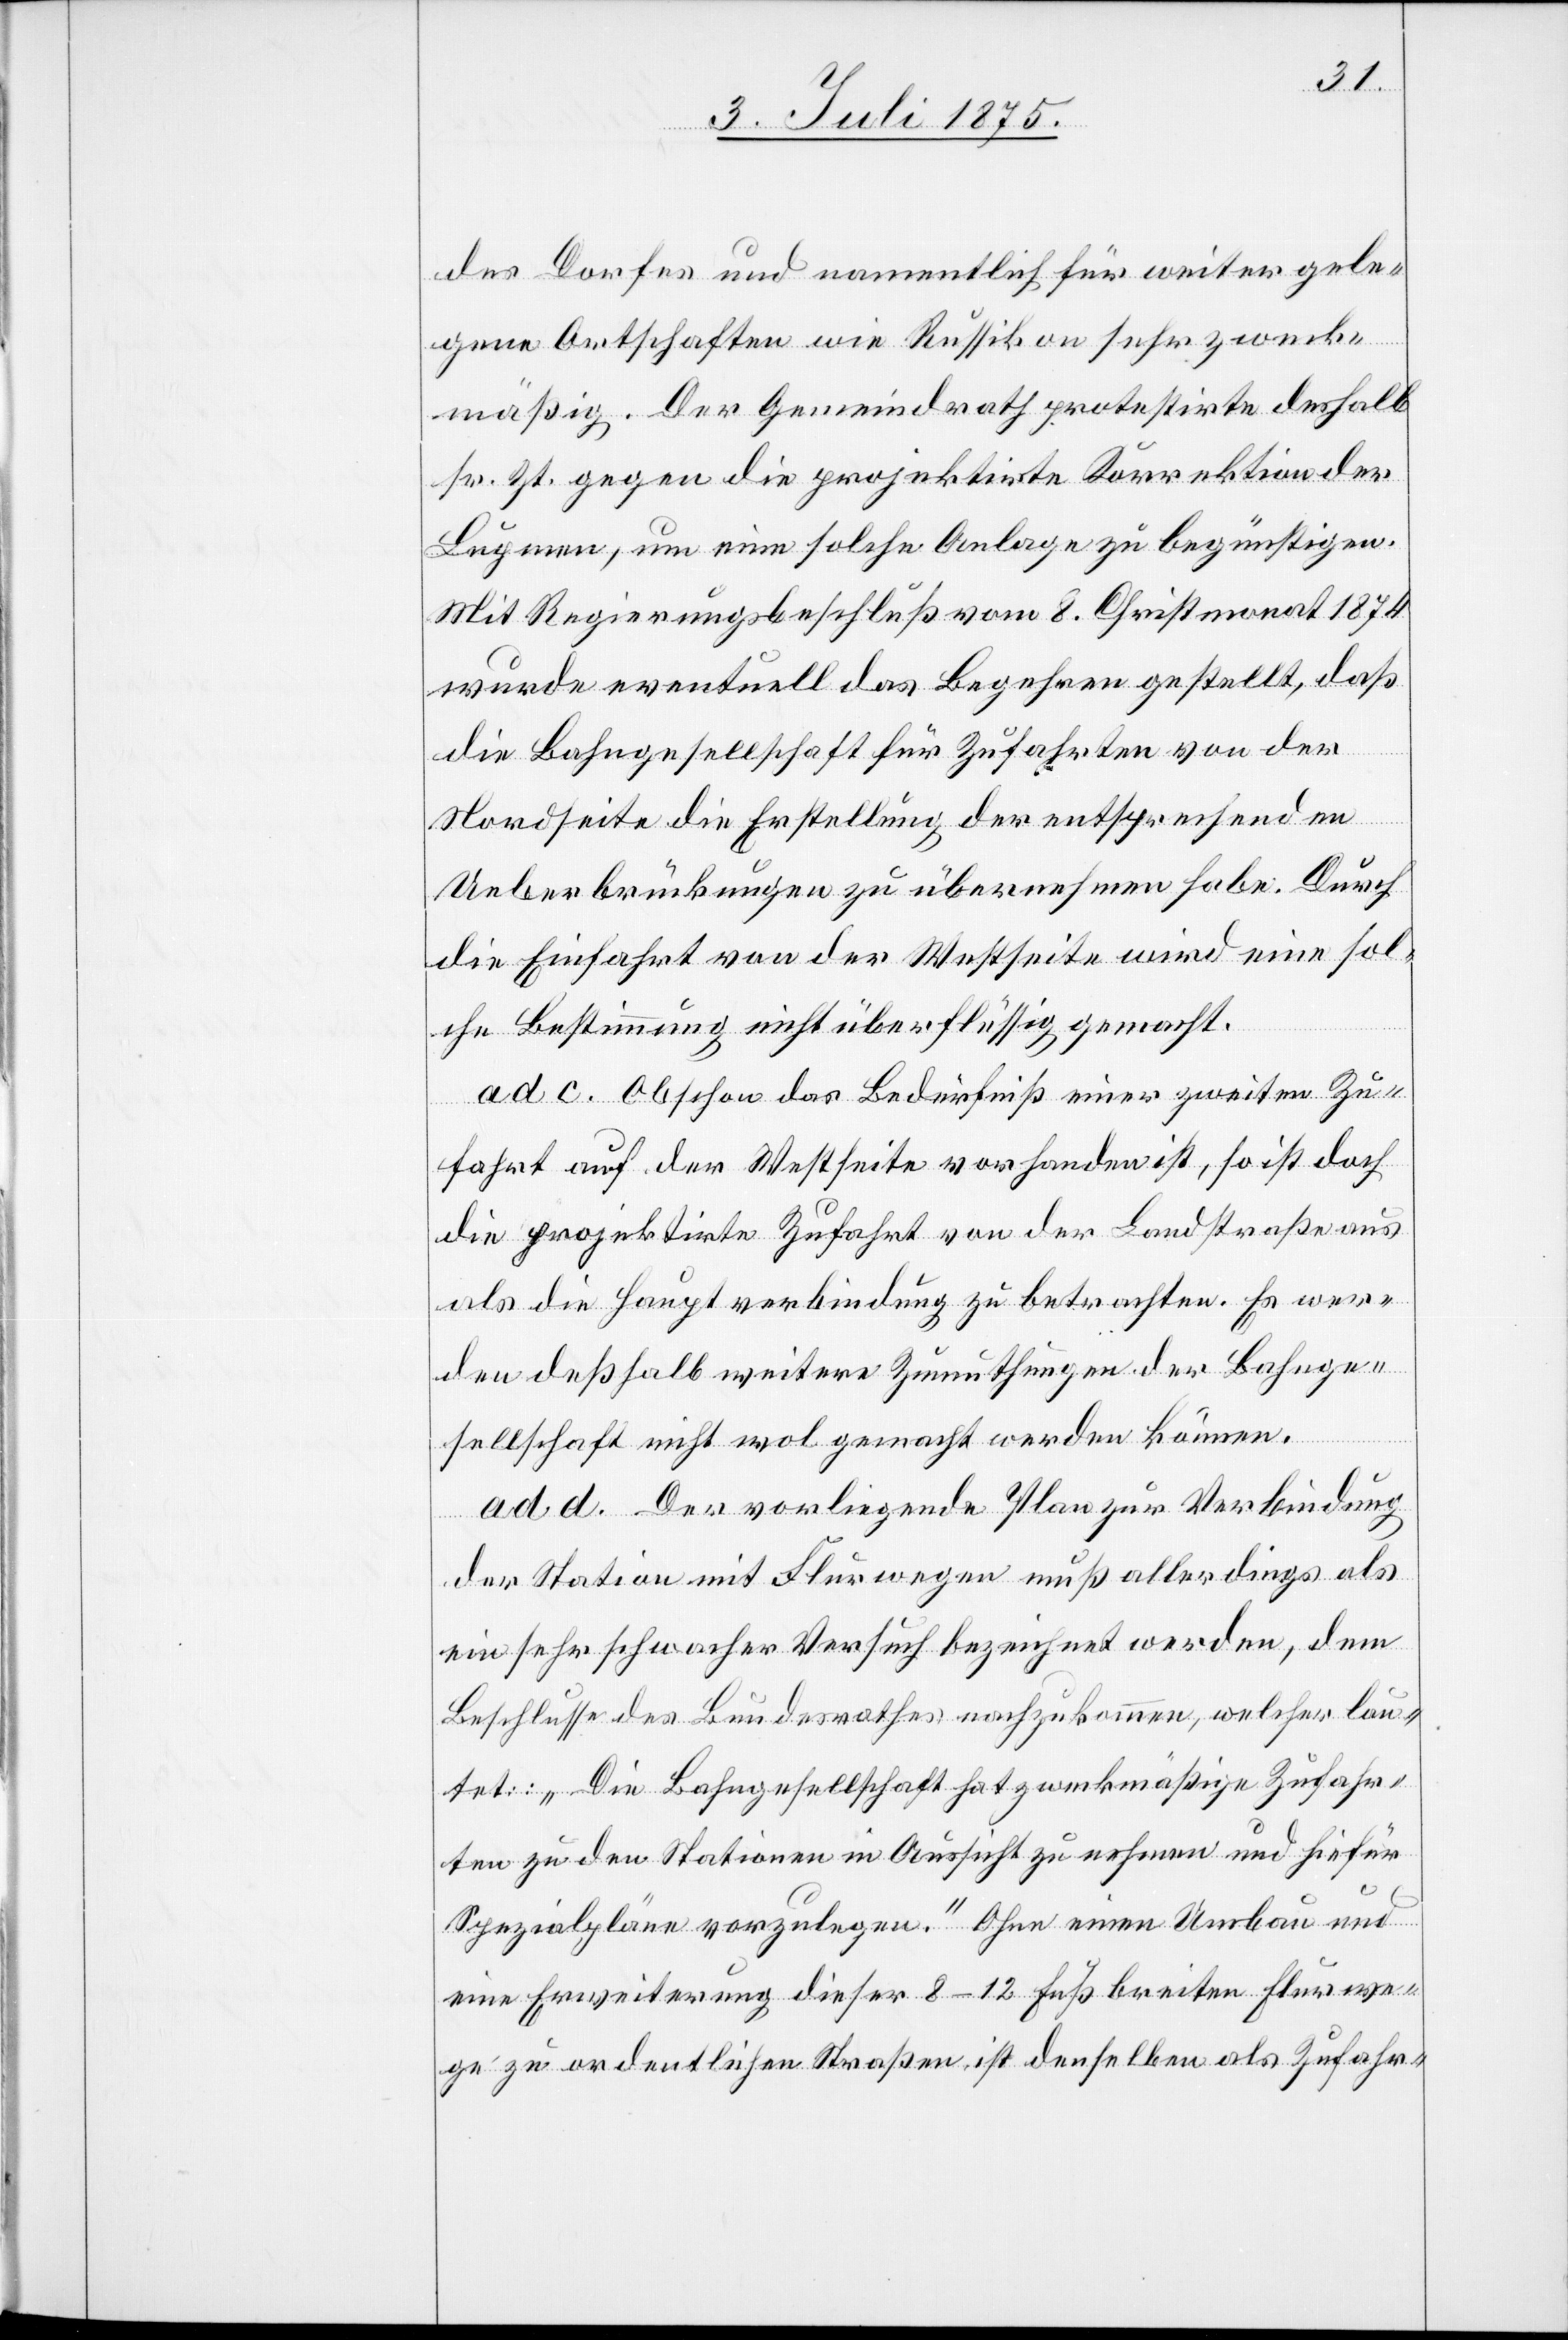
des Dorfes und namentlich für weiter gele¬
gene Ortschaften wie Russikon sehr zweck¬
mäßig. Der Gemeindrath protestirte deshalb
sr. Zt. gegen die projektirte Korrektion der
Lupmen, um eine solche Anlage zu begünstigen.
Mit Regierungsbeschluß vom 8. Christmonat 1874
wurde eventuell das Begehren gestellt, daß
die Bahngesellschaft für Zufahrten von der
Nordseite die Erstellung der entsprechenden
Ueberbrückungen zu übernehmen habe. Durch
die Einfahrt von der Westseite wird eine sol¬
che Bestimmung nicht überflüssig gemacht.
ad c. Obschon das Bedürfniß einer zweiten Zu¬
fahrt auf der Westseite vorhanden ist, so ist doch
die projektirte Zufahrt von der Landstraße aus
als Hauptverbindung zu betrachten. Es wer¬
den deßhalb weitere Zumuthungen der Bahnge¬
sellschaft nicht wol gemacht werden können.
ad d. Der vorliegende Plan zur Verbindung
der Station mit Flurwegen muß allerdings als
ein sehr schwacher Versuch bezeichnet werden, dem
Beschlusse des Bundesrathes nachzukommen, welcher lau¬
tet: „Die Bahngesellschaft hat zweckmäßige Zufahr¬
ten zu den Stationen in Aussicht zu nehmen und hiefür
Spezialpläne vorzulegen.“ Ohne einen Umbau und
eine Erweiterung dieser 8–12 Fuß breiten Flurwe¬
ge zu ordentlichen Straßen ist denselben als Zufahr-